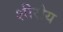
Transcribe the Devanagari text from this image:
शीरोय